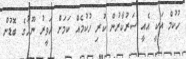
ހުކުމް އަކީ އެއީ ސަރުކާރުން ކުރި ހުކުމެއް ކަމަށް ހަވީރު ނޫހުގެ ބޮޑުން